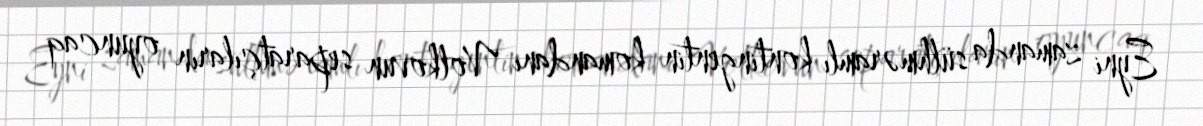
Eyni zamanda sülhməramlı kontingentin komandanı Volkovun separatçıların oyuncaq